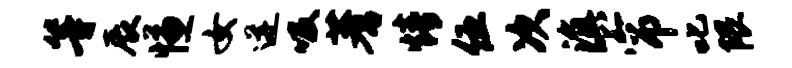
等辰慊女迸吸蓍情伍次滇帘叱隈